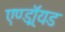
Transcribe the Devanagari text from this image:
एण्ड्रॉयड